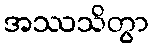
အဿသိတွာ